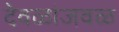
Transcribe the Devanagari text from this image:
देवळांजवळ